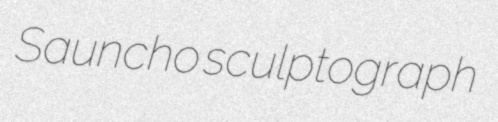
Sauncho sculptograph